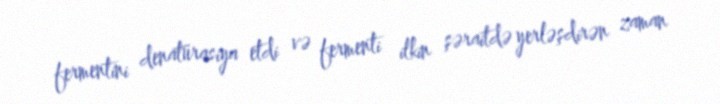
fermentini denatürasiya etdi və fermenti ilkin şəraitdə yerləşdirən zaman